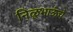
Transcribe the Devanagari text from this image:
निळूभाऊंचे